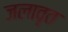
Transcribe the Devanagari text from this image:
जलावृत